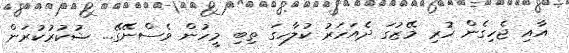
އާއި ޖެހިގެން ހުރި މޭޒުގަ ދެއަހަރު ކުލާހގަ ތިބި މީހުން ވެސްނޭގޭ... ޝުކުރުކުރަން